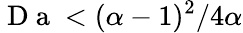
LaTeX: \mathrm{~D~a~}<(\alpha-1)^{2}/4\alpha